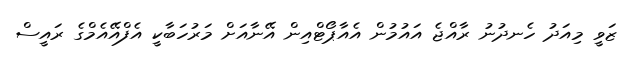
ޒަވީ މިއަދު ހެނދުނު ރާއްޖެ އައުމުން އެއާޕޯޓްއިން އޭނާއަށް މަރުހަބާކީ އެފްއޭއެމްގެ ރައީސް